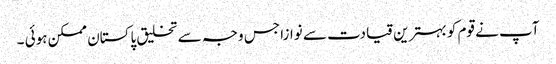
آپ نے قوم کو بہترین قیادت سے نوازا جس وجہ سے تخلیق پاکستان ممکن ہوئی ۔